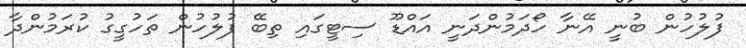
ފުލުހުން ބުނީ އޭނާ ހޯދަމުންދަނީ އައްޑޫ ސިޓީގައި ތިބޭ ފުލުހުން ތަހުގީގު ކުރަމުންދާ